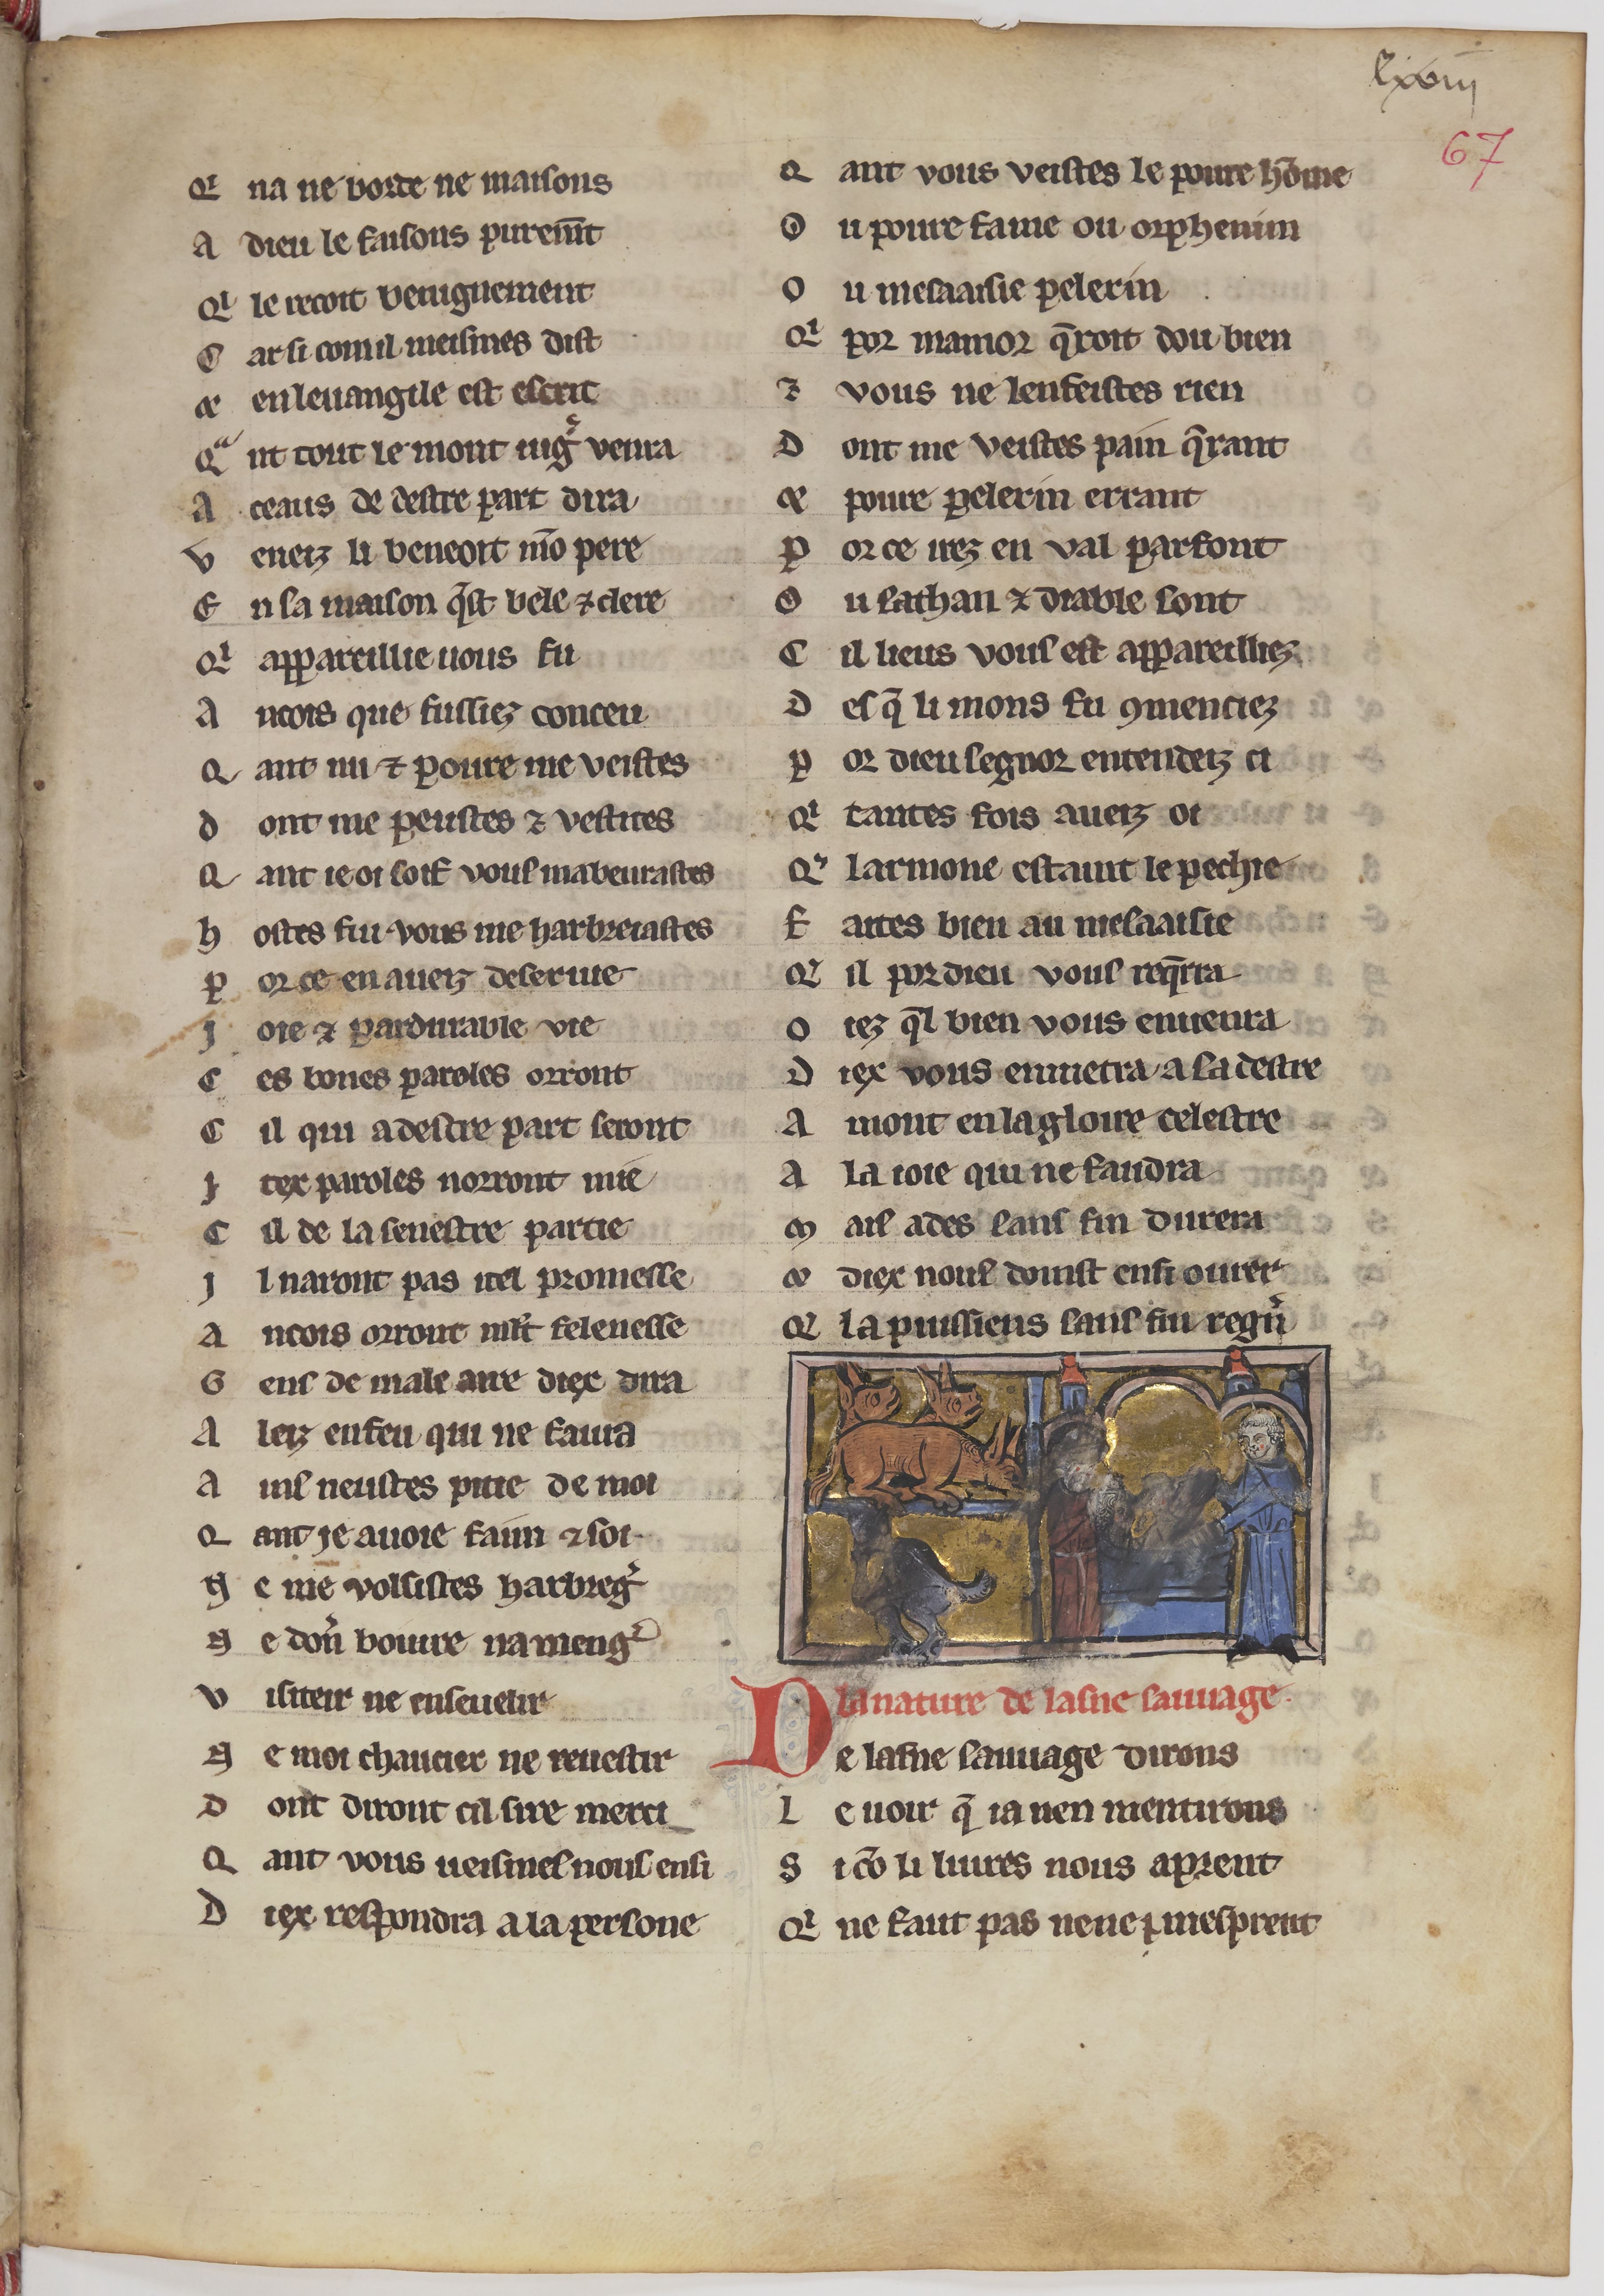
Shelfmark: Paris, BnF, fr. 24428
Century: 13